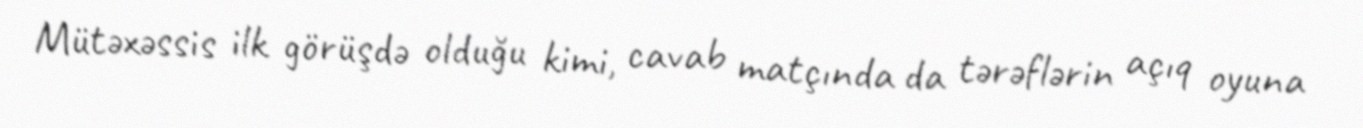
Mütəxəssis ilk görüşdə olduğu kimi, cavab matçında da tərəflərin açıq oyuna